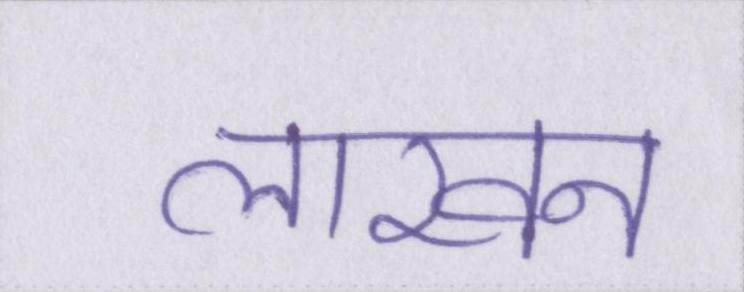
लाखन